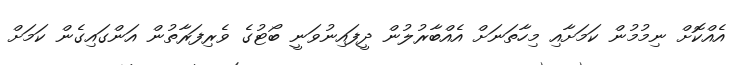
އެއްކޮށް ނިމުމުން ކަމަށާއި މިހާތަނަށް އެއްބާރުލުން ދީފައިނުވަނީ ބޯޓުގެ ވެރިފަރާތުން އަންގައިގެން ކަމަށް